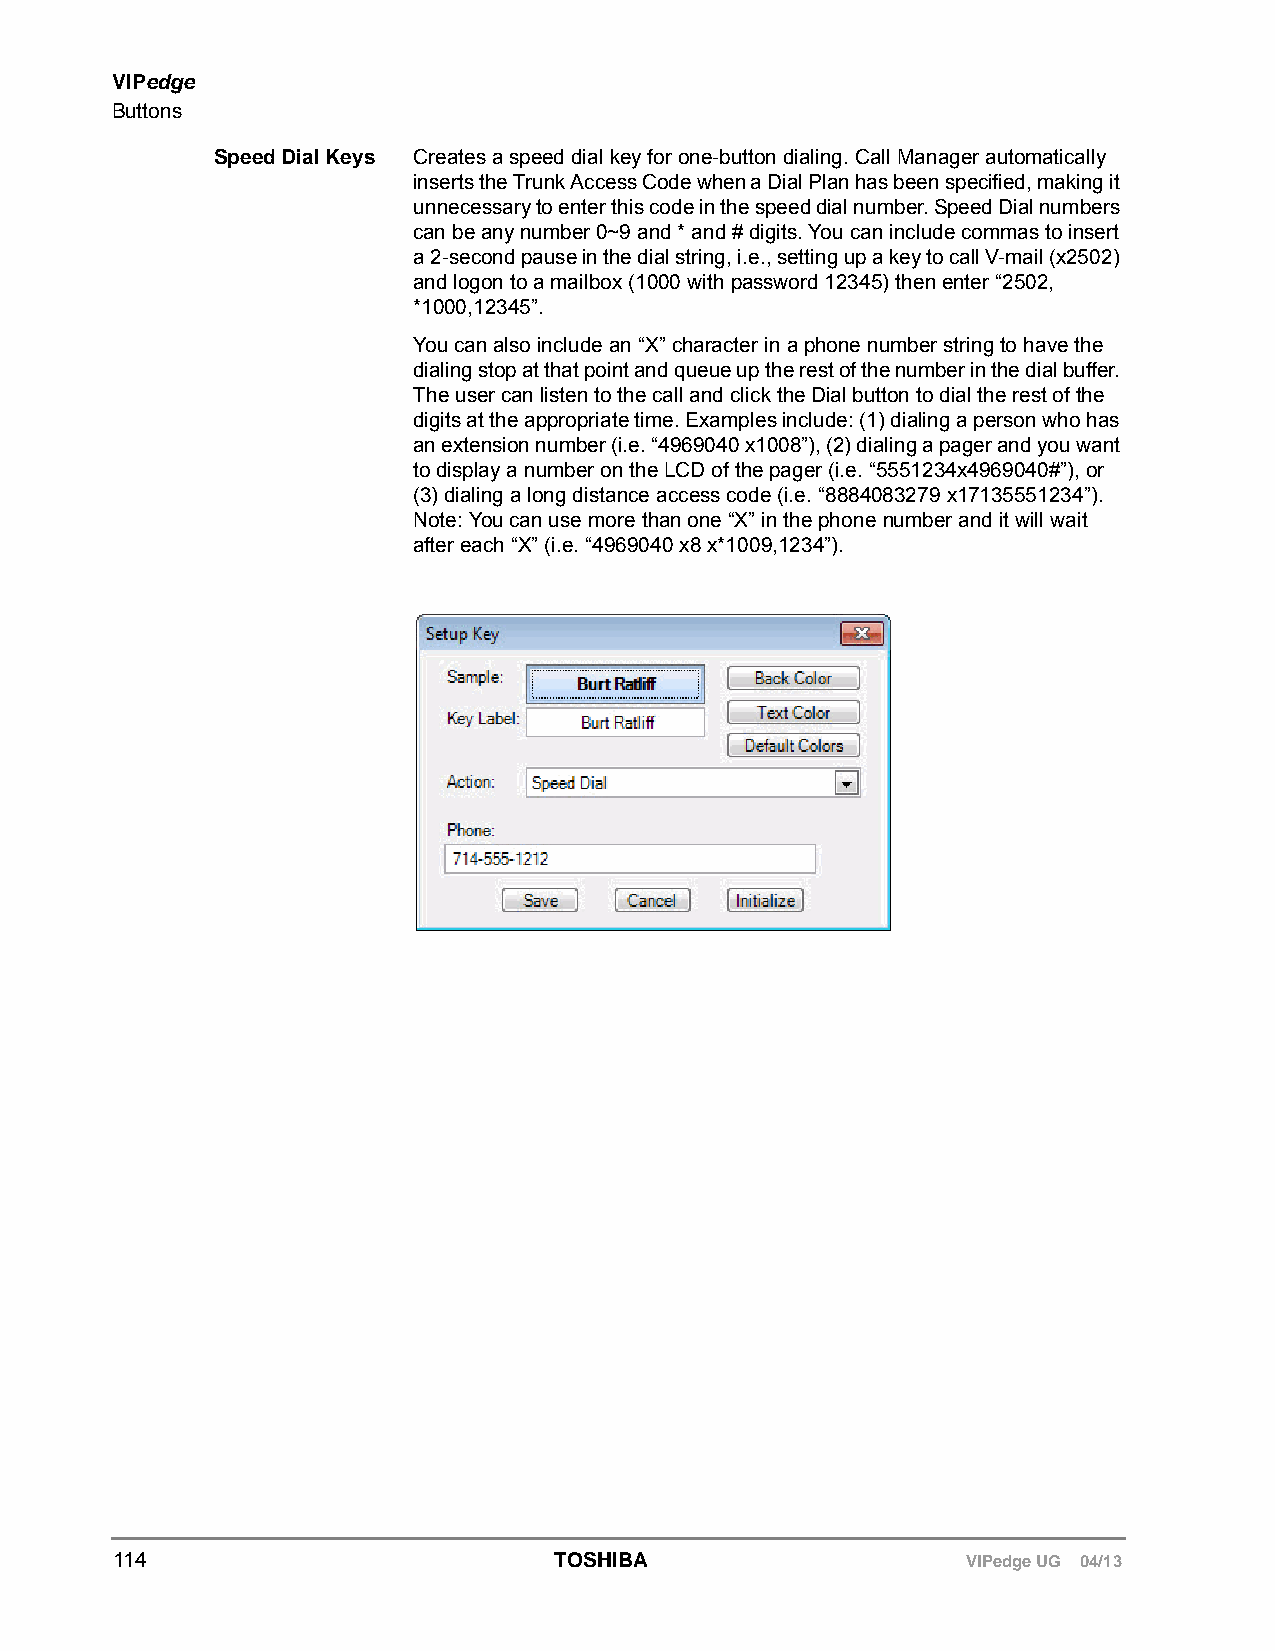
VIPedge
 Buttons
 Speed Dial Keys Creates a speed dial key for one-button dialing. Call Manager automatically
 inserts the Trunk Access Code when a Dial Plan has been specified, making it
 unnecessary to enter this code in the speed dial number. Speed Dial numbers
 can be any number 0~9 and * and # digits. You can include commas to insert
 a 2-second pause in the dial string, i.e., setting up a key to call V-mail (x2502)
 and logon to a mailbox (1000 with password 12345) then enter “2502,
 *1000,12345”.
 You can also include an “X” character in a phone number string to have the
 dialing stop at that point and queue up the rest of the number in the dial buffer.
 The user can listen to the call and click the Dial button to dial the rest of the
 digits at the appropriate time. Examples include: (1) dialing a person who has
 an extension number (i.e. “4969040 x1008”), (2) dialing a pager and you want
 to display a number on the LCD of the pager (i.e. “5551234x4969040#”), or
 (3) dialing a long distance access code (i.e. “8884083279 x17135551234”).
 Note: You can use more than one “X” in the phone number and it will wait
 after each “X” (i.e. “4969040 x8 x*1009,1234”).
 114                          TOSHIBA                    VIPedge UG 04/13